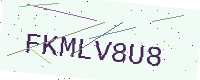
Text: FKMLV8U8